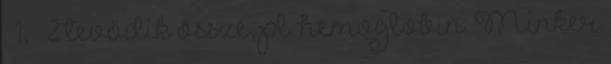
β 1, β 2 tevődik össze, pl. hemoglobin. Minker